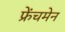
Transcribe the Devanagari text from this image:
फ्रेंचमेन